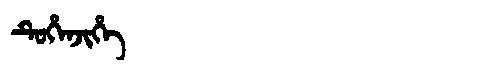
Manchu: ᡨᡠᡥᡝᠨᠵᡳᡥᡝ
Romanization: TUHENJIHE